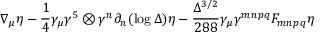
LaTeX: \nabla _ { \mu } \eta - \frac { 1 } { 4 } \gamma _ { \mu } \gamma ^ { 5 } \otimes \gamma ^ { n } \partial _ { n } ( \log \Delta ) \eta - \frac { \Delta ^ { 3 / 2 } } { 2 8 8 } \gamma _ { \mu } \gamma ^ { m n p q } F _ { m n p q } \eta \,